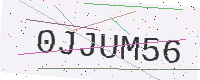
Text: 0JJUM56